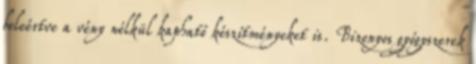
beleértve a vény nélkül kapható készítményeket is. Bizonyos gyógyszerek